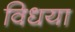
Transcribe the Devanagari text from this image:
विधया